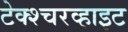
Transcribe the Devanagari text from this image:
टेक्श्चरव्हाइट